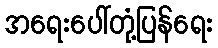
အရေးပေါ်တုံ့ပြန်ရေး